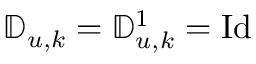
\mathbb { D } _ { u , k } = \mathbb { D } _ { u , k } ^ { 1 } = \mathrm { I d }